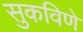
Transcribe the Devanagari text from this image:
सुकविणे